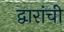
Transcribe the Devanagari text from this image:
द्वारांची